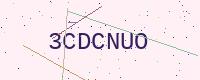
Text: 3CDCNUO